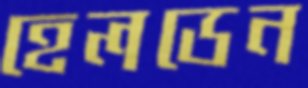
হেলডেন